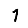
Digit: 1